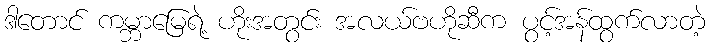
ဒါတောင် ကမ္ဘာမြေရဲ့ ဟိုးအတွင်း အလယ်ဗဟိုဆီက ပွင့်အန်ထွက်လာတဲ့